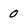
Character: 0